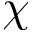
\chi